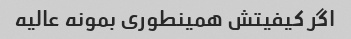
اگر کیفیتش همینطوری بمونه عالیه